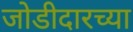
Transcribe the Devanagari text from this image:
जोडीदारच्या